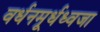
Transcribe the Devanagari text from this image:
वर्धनमूर्धध्वजा